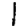
Digit: 1